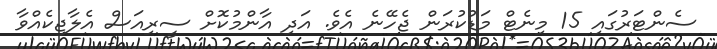
ސެންޓަރުގައި 15 މިނެޓް މަޑުކުރަން ޖެހޭނެ އެވެ. އަދި އާންމުކޮށް ސީރިއަސް އެލާޖިކެއްވާ